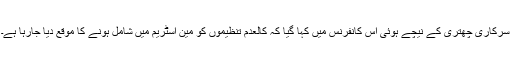
سرکاری چھتری کے نیچے ہوئی اس کانفرنس میں کہا گیا کہ کالعدم تنظیموں کو مین اسٹریم میں شامل ہونے کا موقع دیا جارہا ہے۔